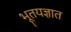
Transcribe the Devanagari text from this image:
भूतयज्ञात